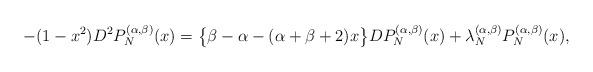
LaTeX: \begin{align*}-(1-x^2)D^2 P^{(\alpha,\beta)}_{N}(x)=\big\{\beta-\alpha-(\alpha+\beta+2)x\big\}DP^{(\alpha,\beta)}_{N}(x)+\lambda^{(\alpha,\beta)}_N P^{(\alpha,\beta)}_{N}(x),\end{align*}